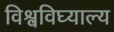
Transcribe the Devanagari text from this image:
विश्वविघ्याल्य